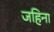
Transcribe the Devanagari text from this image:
जहिना